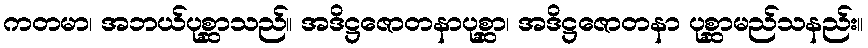
ကတမာ၊ အဘယ်ပုစ္ဆာသည်။ အဒိဋ္ဌဇောတနာပုစ္ဆာ၊ အဒိဋ္ဌဇောတနာ ပုစ္ဆာမည်သနည်း။